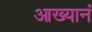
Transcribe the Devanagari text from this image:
आख्यानं